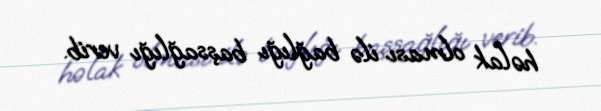
həlak olması ilə bağlığı başsağlığı verib.